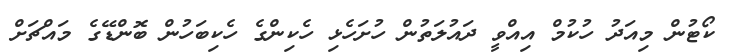
ކޯޓުން މިއަދު ހުކުމް އިއްވީ ދައުލަތުން ހުށަހެޅި ހެކިންގެ ހެކިބަހުން ބޮންޑޭގެ މައްޗަށް